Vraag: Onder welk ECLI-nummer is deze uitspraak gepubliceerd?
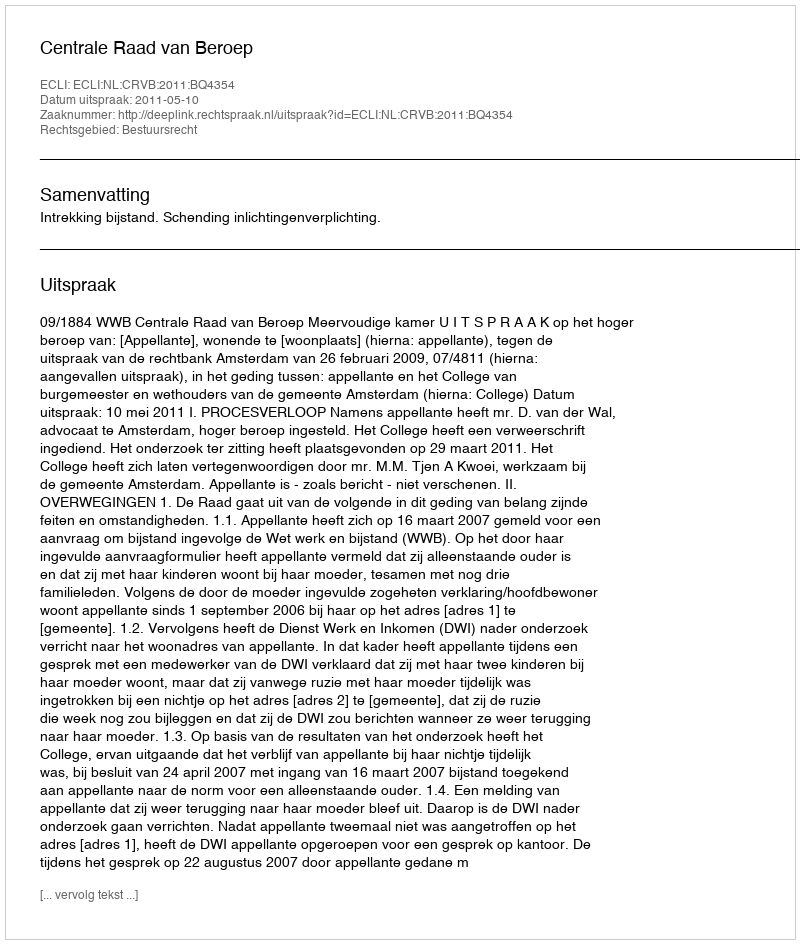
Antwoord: ECLI:NL:CRVB:2011:BQ4354